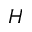
H